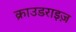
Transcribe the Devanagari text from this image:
क्राउडराइज़